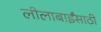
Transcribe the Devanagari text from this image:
लीलाबाईंसाठी